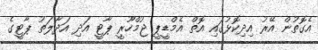
އެގޮތުން އޭރު އިދިކޮޅުގައި އޮތް އެމްޑީޕީ ޖުމްހޫރީ ޕާޓީ އަދި އަދާލަތު ޕާޓީގެ